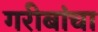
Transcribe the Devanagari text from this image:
गरीबांचा